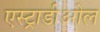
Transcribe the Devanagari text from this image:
एस्ट्राडीओल